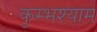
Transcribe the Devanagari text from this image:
कुम्भश्याम